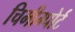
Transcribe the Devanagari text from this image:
चिमीम्पोर्ट